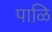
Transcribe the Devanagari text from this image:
पाळि